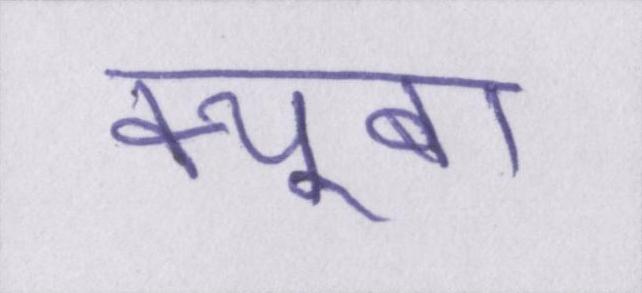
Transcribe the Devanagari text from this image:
क्यूबा